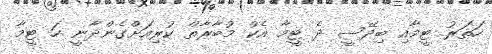
ހަތަރު ޓީމާއި ބިދޭސީ ދެ ޓީމާ އެކު މުބާރާތް ކުރިއަށްގެންދާނީ ހަ ޓީމާ